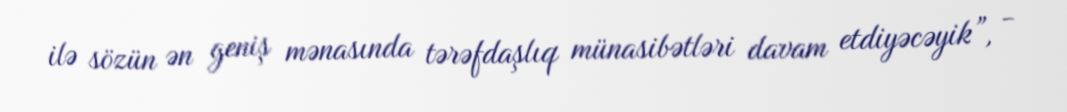
ilə sözün ən geniş mənasında tərəfdaşlıq münasibətləri davam etdiyəcəyik”, -